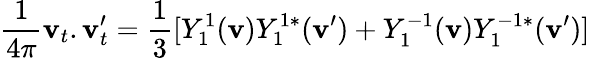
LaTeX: {\frac{1}{4\pi}}{\mathbf{v}_{t}.\mathbf{v}_{t}^{\prime}}={\frac{1}{3}}[Y_{1}^{1}({\mathbf{v}})Y_{1}^{1*}({\mathbf{v}^{\prime}})+Y_{1}^{-1}({\mathbf{v}})Y_{1}^{-1*}({\mathbf{v}^{\prime}})]